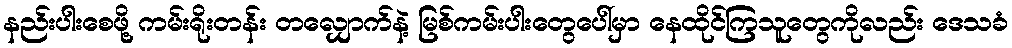
နည်းပါးစေဖို့ ကမ်းရိုးတန်း တလျှောက်နဲ့ မြစ်ကမ်းပါးတွေပေါ်မှာ နေထိုင်ကြသူတွေကိုလည်း ဒေသခံ